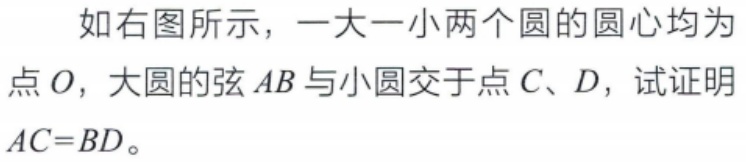
如右图所示，一大一小两个圆的圆心均为点\(O\)，大圆的弦\(AB\)与小圆交于点\(C\)、\(D\)，试证明\(AC = BD\)。